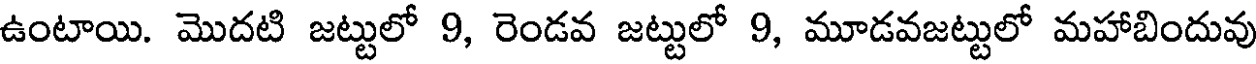
ఉంటాయి. మొదటి జట్టులో 9, రెండవ జట్టులో 9, మూడవజట్టులో మహాబిందువు